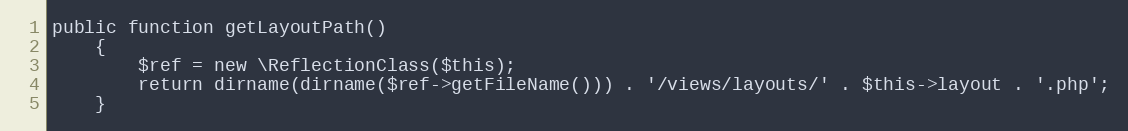
Language: PHP
public function getLayoutPath()
    {
        $ref = new \ReflectionClass($this);
        return dirname(dirname($ref->getFileName())) . '/views/layouts/' . $this->layout . '.php';
    }